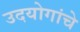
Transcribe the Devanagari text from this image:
उदयोगांचे